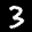
Label: 3